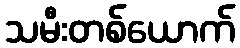
သမီးတစ်ယောက်